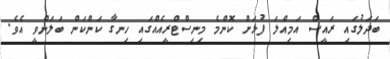
ބަދަލުގައި ރައީސް އަމިއްލަ ފުޅަށް ކޮންމެ މިނިސްޓްރީއެއްގައި ހިނގާ ކަންކަން ބަލަންވީ އެވެ.